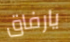
يارفاق